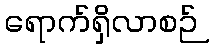
ရောက်ရှိလာစဉ်